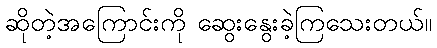
ဆိုတဲ့အကြောင်းကို ဆွေးနွေးခဲ့ကြသေးတယ်။